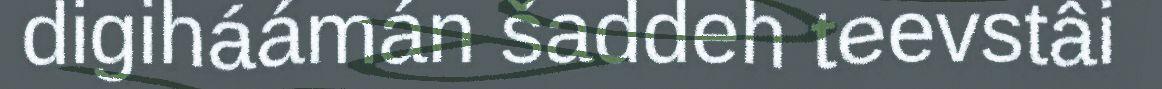
digiháámán šaddeh teevstâi